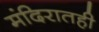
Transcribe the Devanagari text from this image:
मंदिरातही